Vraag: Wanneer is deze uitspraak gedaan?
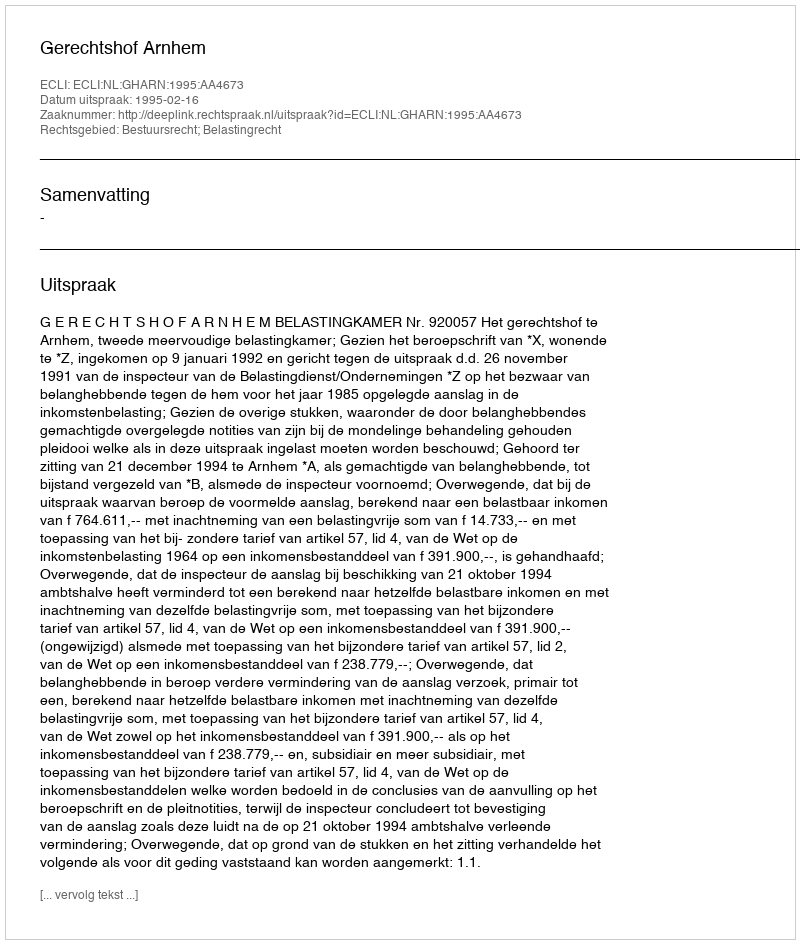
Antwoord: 1995-02-16